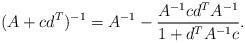
LaTeX: \begin{align*} (A+cd^T)^{-1}=A^{-1}-\frac{A^{-1}cd^TA^{-1}}{1+d^TA^{-1}c}.\end{align*}